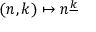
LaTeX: ( n , k ) \mapsto n ^ { \underline { { k } } }